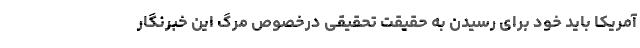
آمریکا باید خود برای رسیدن به حقیقت تحقیقی درخصوص مرگ این خبرنگار